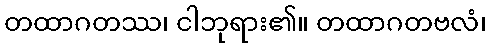
တထာဂတဿ၊ ငါဘုရား၏။ တထာဂတဗလံ၊